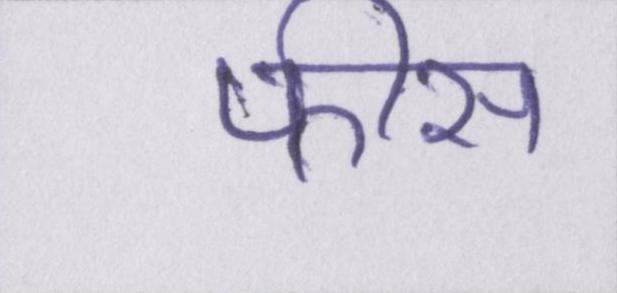
फीस